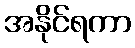
အနိုင်ရကာ